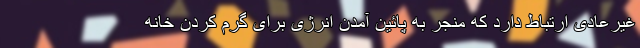
غیرعادی ارتباط دارد که منجر به پائین آمدن انرژی برای گرم کردن خانه